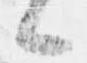
候